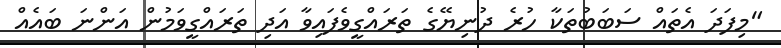
"މިފަދަ އެތައް ސަބަބުތަކާ ހުރެ ދުނިޔޭގެ ތަރައްގީވެފައިވާ އަދި ތަރައްގީވަމުން އަންނަ ބައެއް